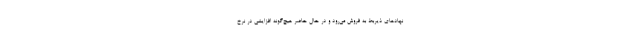
نهادهای ذیربط به فروش می‌رود و در حال حاضر هیچ‌گونه افزایشی در نرخ